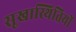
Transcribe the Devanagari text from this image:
सूखास्थितियों